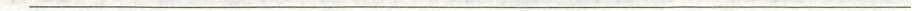
___